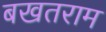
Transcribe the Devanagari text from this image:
बखतराम